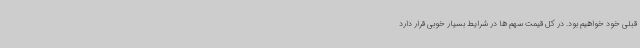
قبلی خود خواهیم بود. در کل قیمت سهم ها در شرایط بسیار خوبی قرار دارد